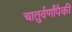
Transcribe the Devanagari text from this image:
चातुर्वर्णांपैकी